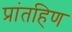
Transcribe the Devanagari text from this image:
प्रांतहिण